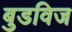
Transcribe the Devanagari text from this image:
बुडविज